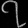
Digit: ၇